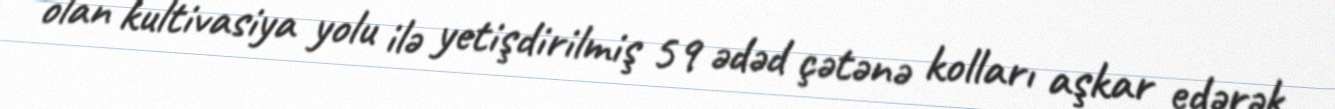
olan kultivasiya yolu ilə yetişdirilmiş 59 ədəd çətənə kolları aşkar edərək